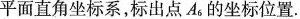
平面直角坐标系，标出点A_{6}的坐标位置.